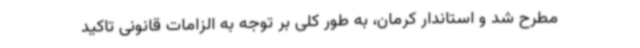
مطرح شد و استاندار کرمان، به طور کلی بر توجه به الزامات قانونی تاکید